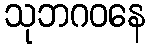
သုဘဂဝနေ